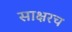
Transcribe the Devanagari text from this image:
साक्षरच